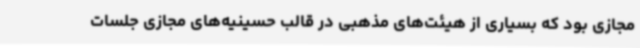
مجازی بود که بسیاری از هیئت‌های مذهبی در قالب حسینیه‌های مجازی جلسات